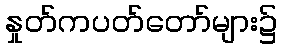
နှုတ်ကပတ်တော်များ၌